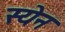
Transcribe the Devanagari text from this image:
स्येन